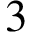
3